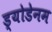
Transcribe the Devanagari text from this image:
ड्योडेनम